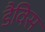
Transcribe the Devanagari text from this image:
डैविस